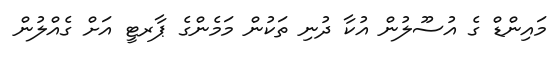
މައިންޑް ގެ އުސޫލުން އުކާ ދުނި ތަކުން މަމެންގެ ޕާރޓީ އަށް ގެއްލުން